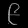
Digit: ၉